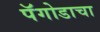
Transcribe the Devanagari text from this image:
पॅगोडाचा